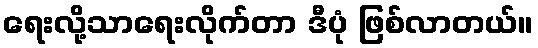
ရေးလို့သာရေးလိုက်တာ ဒီပုံ ဖြစ်လာတယ်။